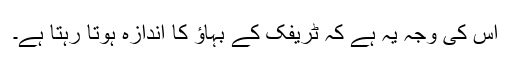
اس کی وجہ یہ ہے کہ ٹریفک کے بہاؤ کا اندازہ ہوتا رہتا ہے۔